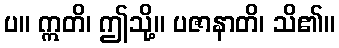
ပ။ ဣတိ၊ ဤသို့။ ပဇာနာတိ၊ သိ၏။